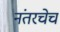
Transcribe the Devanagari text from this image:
नंतरचेच